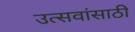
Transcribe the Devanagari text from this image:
उत्सवांसाठी